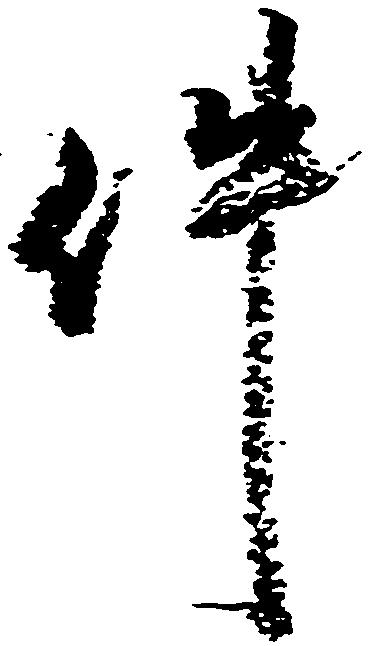
件